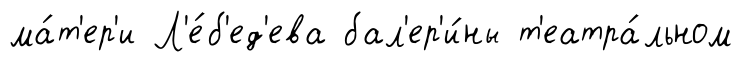
ма́т'ер'и Л'е́б'ед'ева бал'ер'и́ны т'еатра́льном